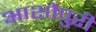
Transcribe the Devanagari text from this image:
आशोपुरी